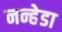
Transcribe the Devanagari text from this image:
नन्हेडा